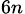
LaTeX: _{6n}